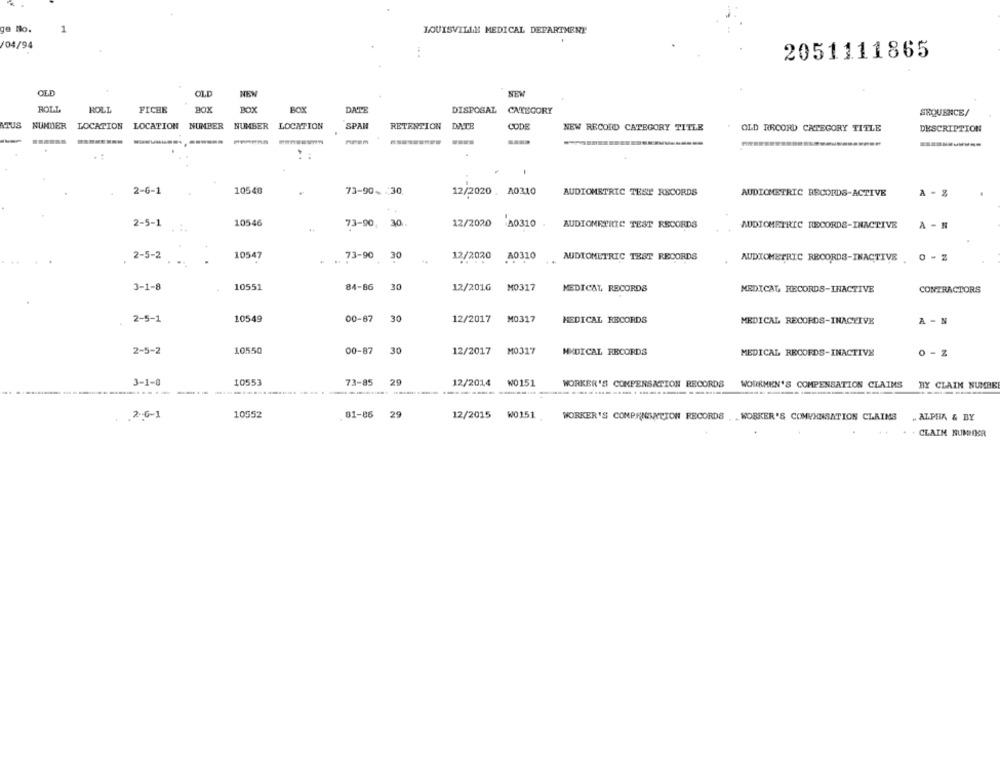
1
LOUISVILLE MEDICAL DEPARTMENT
/04/94
...
2051111865
OLD
OLE
NE
NEW
BOLT
FICHE
BOX
BOX
DATE
ROLL
BOX
DISPOSAL
CATEGORY
SEQUENCE/
NIUS
SPAN
NUMDER
LOCATION
LOCATION
NUMBER
NUMBER
LOCATION
RETENTION DATE
CODE
NEW RECORD CATEGORY TITLE
OLD RECORD CATEGORY TITLE
DESCRIPTION
::
2-6-1
10548
73-90- 30
12/2020 . A0310
AUDIOMETRIC TESE RECORDS
AUDIOMETRIC RECORDS-ACTIVE
- %
2-5-1
10546
30
12/2020
:A0310
73-90,
AUDIONEWRIC TEST RECORDS
AUDIOMETRIC RECORDS-INACTIVE
A - H
10547
12/2020
A0310
AUDIOMETRIC TEST RECORDS
2-5-2
. 73-90
30
....
...
AUDIOMETRIC RECORDS-INACTIVE .0 - Z
3-1-8
10551
84-86
30
12/2016
M0317
MEDICAL RECORDS
MEDICAL RECORDS-INACTIVE
CONTRACTORS
2-5-1
10549
00-87
30
12/2017
M0317
MEDICAL RECORDS
MEDICAL RECORDS-INACTIVE
A - N
2-5-2
10550
00-87
30
12/2017
M0317
MEDICAL RECORDS
MEDICAL RECORDS-INACTIVE
0 - Z
3-1-8
10553
73-85
29
12/2014
W0151
WORKER'S COMPENSATION RECORDS
WORKMEN'S COMPENSATION CLAIMS BY CLAIM NUMBE
.2-6-1
10552
81-86
29
12/2015 W0151 WORKER'S COMPENSATION RECORDS
WORKER'S COMPENSATION CLAIMS
. ALPHA & BY
CLAIM NUMMER